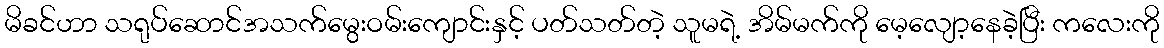
မိခင်ဟာ သရုပ်ဆောင်အသက်မွေးဝမ်းကျောင်းနှင့် ပတ်သတ်တဲ့ သူမရဲ့ အိမ်မက်ကို မေ့လျော့နေခဲ့ပြီး ကလေးကို